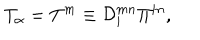
LaTeX: T _ { \alpha } = T ^ { m } \equiv { \cal D } _ { i } ^ { m n } \Pi ^ { i n } ,